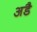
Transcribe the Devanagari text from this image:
अडै